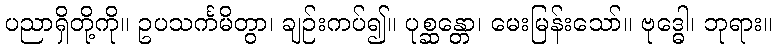
ပညာရှိတို့ကို။ ဥပသင်္ကမိတွာ၊ ချဉ်းကပ်၍။ ပုစ္ဆန္တော၊ မေးမြန်းသော်။ ဗုဒ္ဓေါ၊ ဘုရား။